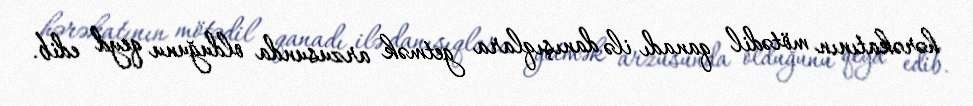
hərəkatının mötədil qanadı ilə danışıqlara getmək arzusunda olduğunu qeyd edib.